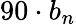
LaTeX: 90\cdot b_{n}